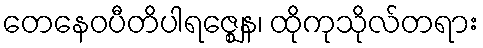
တေနေဝပီတိပါရဇ္ဈေန၊ ထိုကုသိုလ်တရား